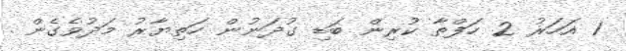
1 އަހަރު 2 ހަފްތާ ކުރިން ބަޑި ގުދަނުން ހަތިޔާރު މަދުވެގެން